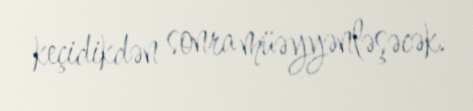
keçidikdən sonra müəyyənləşəcək.